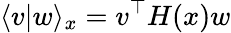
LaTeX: \langle v|w\rangle_{x}=v^{\top}H(x)w